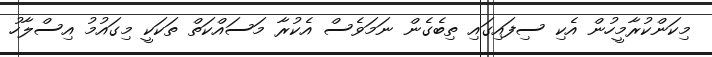
މިކަންކުރާމީހުން އެކި ސިފައިގައި ތިބެގެން ނަމަވެސް އެކުރާ މަސައްކަތް ތަކަކީ މިގައުމު އިސްލާހު